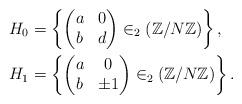
LaTeX: \begin{align*}H_{0}&=\left\{\begin{pmatrix}a & 0\\b & d\\\end{pmatrix}\in_{2}(\mathbb{Z}/N\mathbb{Z})\right\},\\H_{1}&=\left\{\begin{pmatrix}a & 0\\b & \pm{}1\\\end{pmatrix}\in_{2}(\mathbb{Z}/N\mathbb{Z})\right\}.\end{align*}